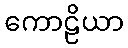
ကောဠိယာ